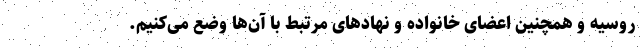
روسیه و همچنین اعضای خانواده و نهادهای مرتبط با آن‌ها وضع می‌کنیم.